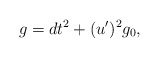
\begin{align*} g = dt^2 + (u')^2g_0,\end{align*}